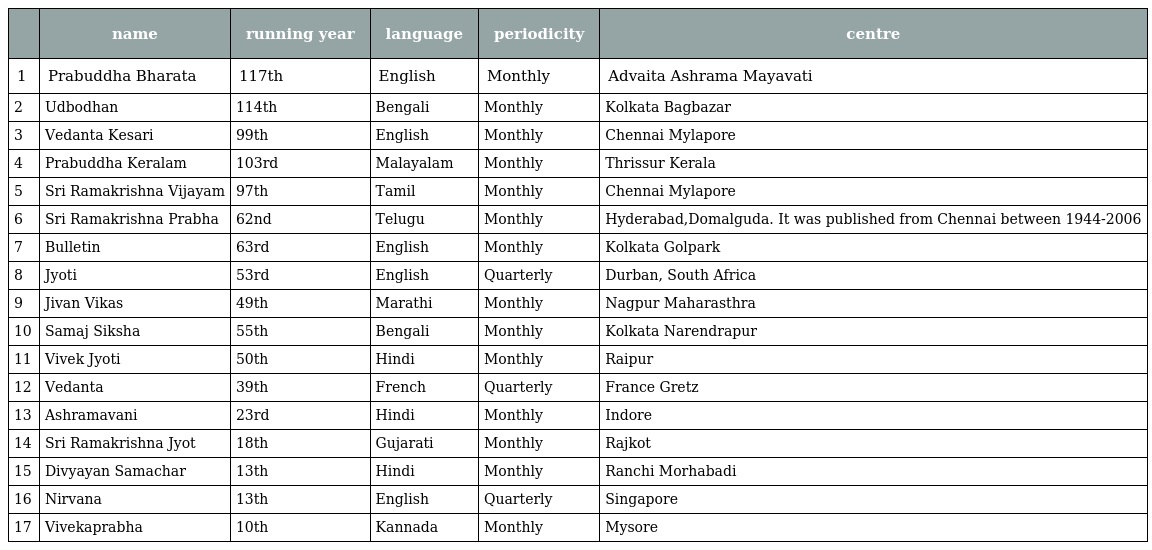
|  | name | running year | language | periodicity | centre |
 | --- | --- | --- | --- | --- | --- |
 | 1 | Prabuddha Bharata | 117th | English | Monthly | Advaita Ashrama Mayavati |
 | 2 | Udbodhan | 114th | Bengali | Monthly | Kolkata Bagbazar |
 | 3 | Vedanta Kesari | 99th | English | Monthly | Chennai Mylapore |
 | 4 | Prabuddha Keralam | 103rd | Malayalam | Monthly | Thrissur Kerala |
 | 5 | Sri Ramakrishna Vijayam | 97th | Tamil | Monthly | Chennai Mylapore |
 | 6 | Sri Ramakrishna Prabha | 62nd | Telugu | Monthly | Hyderabad,Domalguda. It was published from Chennai between 1944-2006 |
 | 7 | Bulletin | 63rd | English | Monthly | Kolkata Golpark |
 | 8 | Jyoti | 53rd | English | Quarterly | Durban, South Africa |
 | 9 | Jivan Vikas | 49th | Marathi | Monthly | Nagpur Maharasthra |
 | 10 | Samaj Siksha | 55th | Bengali | Monthly | Kolkata Narendrapur |
 | 11 | Vivek Jyoti | 50th | Hindi | Monthly | Raipur |
 | 12 | Vedanta | 39th | French | Quarterly | France Gretz |
 | 13 | Ashramavani | 23rd | Hindi | Monthly | Indore |
 | 14 | Sri Ramakrishna Jyot | 18th | Gujarati | Monthly | Rajkot |
 | 15 | Divyayan Samachar | 13th | Hindi | Monthly | Ranchi Morhabadi |
 | 16 | Nirvana | 13th | English | Quarterly | Singapore |
 | 17 | Vivekaprabha | 10th | Kannada | Monthly | Mysore |